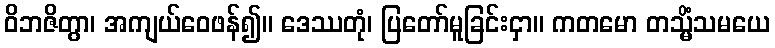
ဝိဘဇိတွာ၊ အကျယ်ဝေဖန်၍။ ဒေဿတုံ၊ ပြတော်မူခြင်းငှာ။ ကတမော တသ္မိံသမယေ